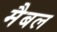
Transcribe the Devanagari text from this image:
मैबल